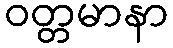
ဝတ္တမာနာ